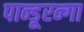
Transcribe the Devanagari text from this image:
पान्डूरन्गा